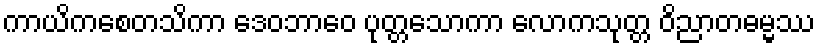
ကာယိကစေတသိကာ ဒေဝဘာဝေ ပုတ္တသောကာ လောကသုတ္တ ဝိညာတဓမ္မဿ